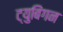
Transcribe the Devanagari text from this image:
ट्युबिंगन